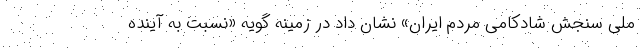
ملی سنجش شادکامی مردم ایران» نشان داد در زمینه گویه «نسبت به آینده